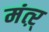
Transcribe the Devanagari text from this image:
मंत्ऱ्